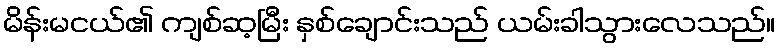
မိန်းမငယ်၏ ကျစ်ဆ့မြီး နှစ်ချောင်းသည် ယမ်းခါသွားလေသည်။